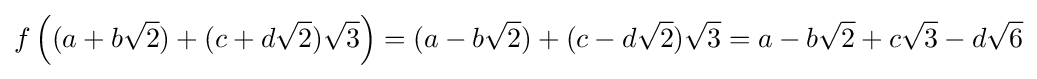
f\left((a+b{\sqrt {2}})+(c+d{\sqrt {2}}){\sqrt {3}}\right)=(a-b{\sqrt {2}})+(c-d{\sqrt {2}}){\sqrt {3}}=a-b{\sqrt {2}}+c{\sqrt {3}}-d{\sqrt {6}}